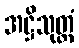
အဋ္ဌိသုတ္တံ